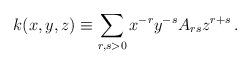
LaTeX: \begin{align*}k(x,y,z)\equiv\sum_{r,s>0}x^{-r}y^{-s}A_{rs}z^{r+s}\,.\end{align*}